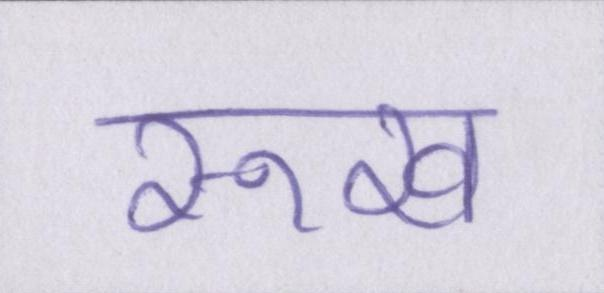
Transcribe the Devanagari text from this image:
रूख